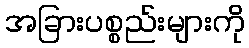
အခြားပစ္စည်းများကို